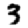
Digit: 3